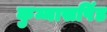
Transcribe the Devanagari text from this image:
कुम्मासपिंड